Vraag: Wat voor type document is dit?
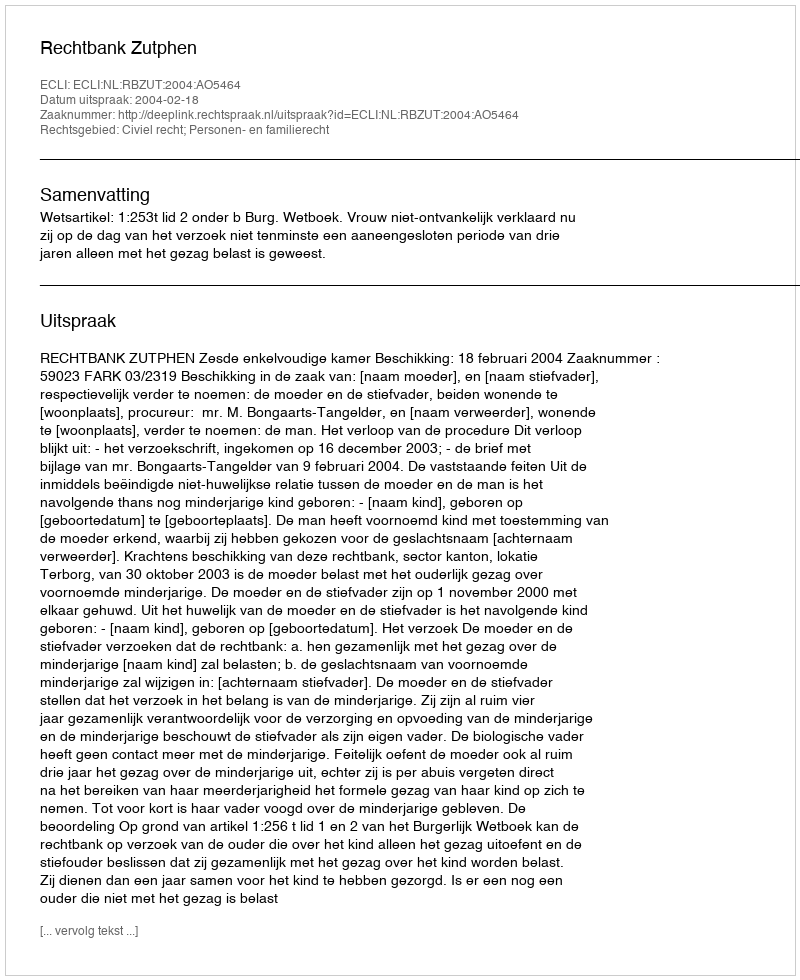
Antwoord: Uitspraak